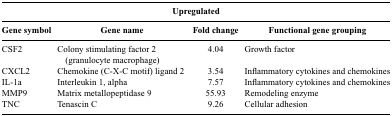
<table><thead><tr><td colspan="4"><b>Upregulated</b></td></tr><tr><td><b>Gene symbol</b></td><td><b>Gene name</b></td><td><b>Fold change</b></td><td><b>Functional gene grouping</b></td></tr></thead><tbody><tr><td>CSF2</td><td>Colony stimulating factor 2 (granulocyte macrophage)</td><td>4.04</td><td>Growth factor</td></tr><tr><td>CXCL2</td><td>Chemokine (C-X-C motif) ligand 2</td><td>3.54</td><td>Inflammatory cytokines and chemokines</td></tr><tr><td>IL-1a</td><td>Interleukin 1, alpha</td><td>7.57</td><td>Inflammatory cytokines and chemokines</td></tr><tr><td>MMP9</td><td>Matrix metallopeptidase 9</td><td>55.93</td><td>Remodeling enzyme</td></tr><tr><td>TNC</td><td>Tenascin C</td><td>9.26</td><td>Cellular adhesion</td></tr></tbody></table>